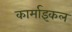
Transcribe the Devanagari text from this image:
कार्माइकल